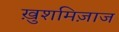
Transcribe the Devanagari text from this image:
ख़ुशमिज़ाज